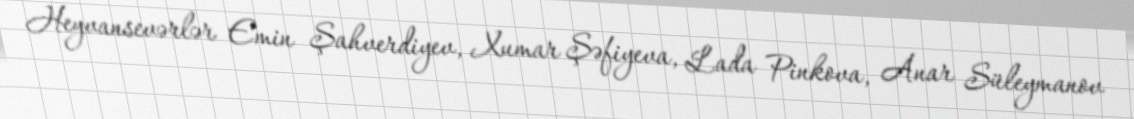
Heyvansevərlər Emin Şahverdiyev, Xumar Şəfiyeva, Lada Pinkova, Anar Süleymanov